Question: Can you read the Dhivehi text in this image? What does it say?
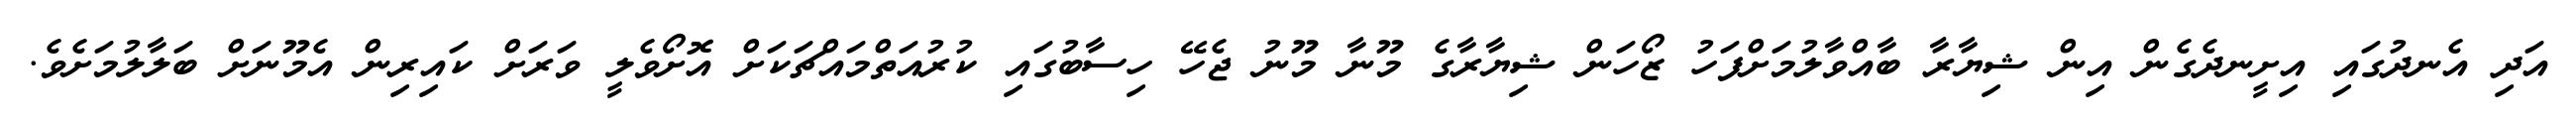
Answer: އަދި އެނދުގައި އިށީނދެގެން އިން ޝިޔާރާ ބާއްވާލުމަށްފަހު ޒޯހަން ޝިޔާރާގެ މޫނާ މޫނު ޖެހޭ ހިސާބުގައި ކުރުއަތްމައްޗަކަށް އޮށޯވެލީ ވަރަށް ކައިރިން އެމޫނަށް ބަލާލުމަށެވެ.